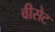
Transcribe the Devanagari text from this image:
वीसेट